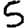
Digit: 5